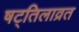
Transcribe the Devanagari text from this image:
षट्तिलाव्रत